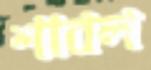
শাবল